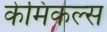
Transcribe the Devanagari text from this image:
केमिकल्‍स